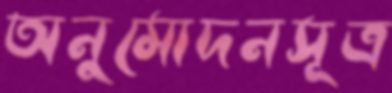
অনুমোদনসূত্র